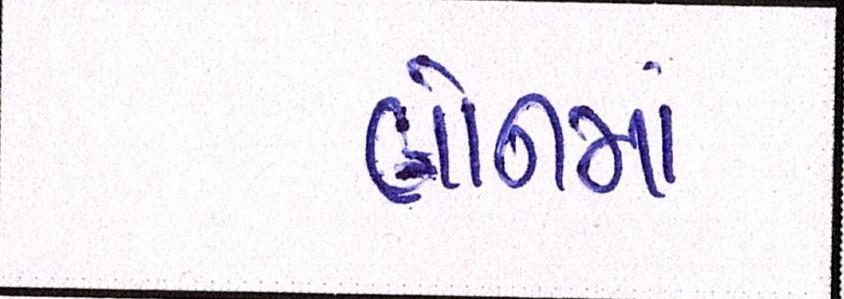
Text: લોનમાં